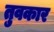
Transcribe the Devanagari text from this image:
तुवकार